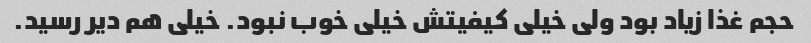
حجم غذا زیاد بود ولی خیلی کیفیتش خیلی خوب نبود. خیلی هم دیر رسید.